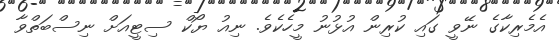
އެމެރިކާގެ ނޭވީ ގައި ކުރިން އުޅުނު މީހެކެވެ. ނިއު ޔޯކް ސިޓީއަށް ނިސްބަތްވާ